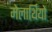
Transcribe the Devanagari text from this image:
मेलार्थियों